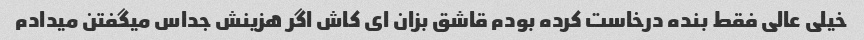
خیلی عالی فقط بنده درخاست کرده بودم قاشق بزان ای کاش اگر هزینش جداس میگفتن میدادم